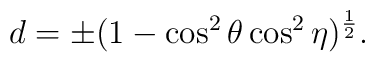
d=\pm(1-\cos^2{\theta}\cos^2{\eta})^{1\over 2}.